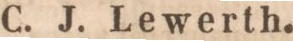
C. J. Lewerth.